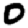
Digit: 0